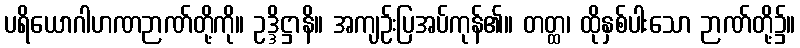
ပရိယောဂါဟဏဉာဏ်တို့ကို။ ဥဒ္ဒိဋ္ဌာနိ။ အကျဉ်းပြအပ်ကုန်၏။ တတ္ထ၊ ထိုနှစ်ပါးသော ဉာဏ်တို့၌။